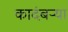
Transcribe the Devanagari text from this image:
कादंबऱ्‍या